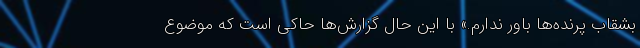
بشقاب پرنده‌ها باور ندارم.» با این حال گزارش‌ها حاکی است که موضوع